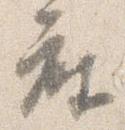
座